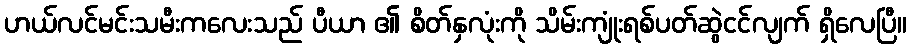
ဟယ်လင်မင်းသမီးကလေးသည် ပီယာ ၏ စိတ်နှလုံးကို သိမ်းကျုံးရစ်ပတ်ဆွဲငင်လျက် ရှိလေပြီ။